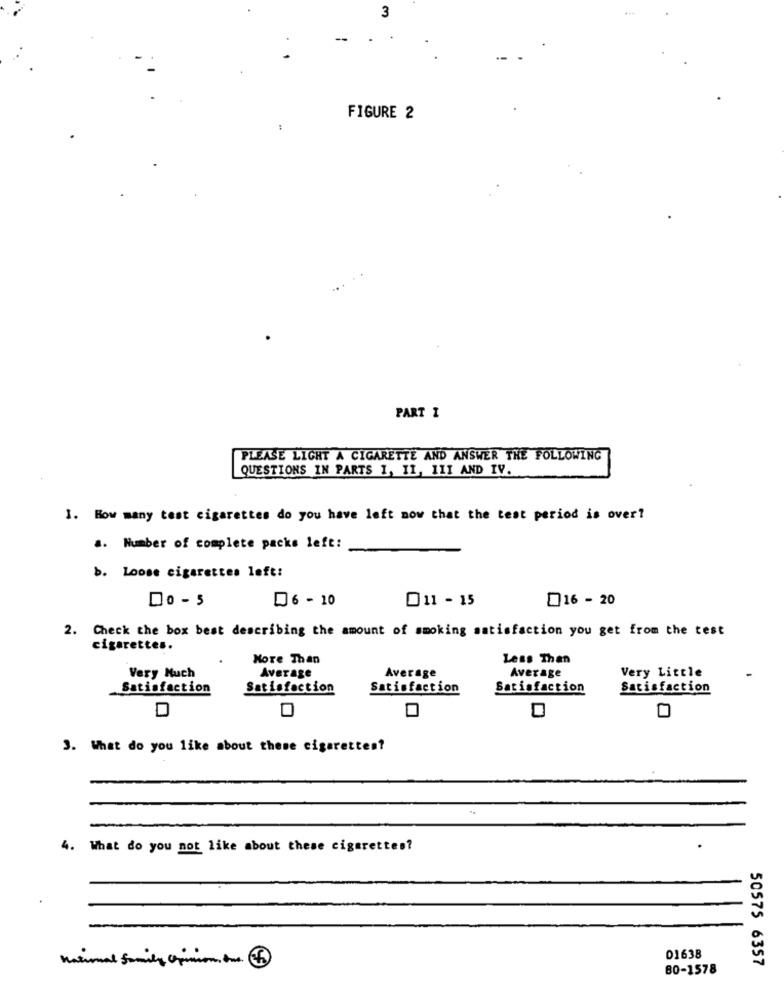
3
FIGURE 2
PART 1
PLEASE LIGHT A CIGARETTE AND ANSWER THE FOLLOWING
QUESTIONS IN PARTS I, II, III AND IV.
1. How many test cigarettes do you have left now that the test period is over?
.. Number of complete packs left:
b. Loose cigarettes left:
Do - 5
06 -10
11 - 15
16 -20
2. Check the box best describing the amount of smoking satisfaction you get from the test
cigarettes.
More Than
Less Than
Very Little
Very Much
Average
Average
Average
Satisfaction
Satisfaction
Satisfaction
Satisfaction
Satisfaction
3. What do you like about these cigarettes?
4. What do you not like about these cigarettes?
national family Opinion , too .
01638
50575 6357
80-1578